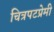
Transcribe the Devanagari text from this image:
चित्रपटप्रेमी